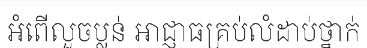
អំពើលួចប្លន់ អាជ្ញាធគ្រប់លំដាប់ថ្នាក់